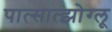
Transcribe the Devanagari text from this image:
पात्सात्झोग्लू